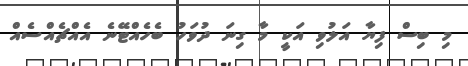
މި ބިސް ފިޔާ އަލުވި އަކީ މާ ގިނަ ދުވަހު ބެހެއްޓޭނެ އެއްޗެއްސެއް